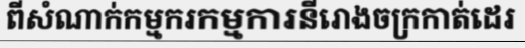
ពីសំណាក់កម្មករកម្មការនីរោងចក្រកាត់ដេរ